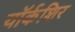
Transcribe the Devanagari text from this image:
यॉर्कशिर